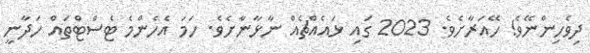
ދިވެހިންނޭވެ! ހޭއަރާށެވެ. 2023 ގައި ޅައެެއްޗެއް ނާޅާނާށެވެ. ހަމަ އެހެންމެ ޓެސްޓްތައް ހަދާނީ